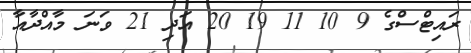
ރައިޓްސްގެ 9 10 11 19 20 އަދި 21 ވަނަ މާއްދާއާ